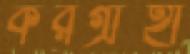
করগ্রাহী